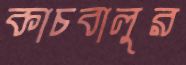
কাচবালুর